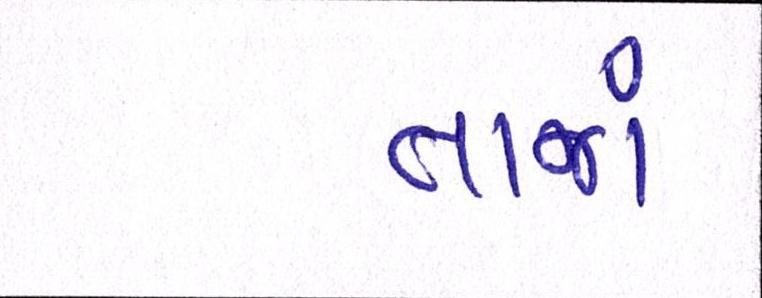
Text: તાજાં